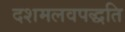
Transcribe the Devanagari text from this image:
दशमलवपद्धति